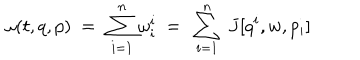
\omega ( t , q , p ) \ = \ \sum _ { i = 1 } ^ { n } \omega _ { i } ^ { i } \ = \ \sum _ { i = 1 } ^ { n } \ J [ q ^ { i } , w , p _ { i } ]